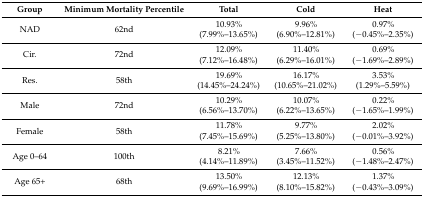
<table><thead><tr><td><b>Group</b></td><td><b>Minimum Mortality Percentile</b></td><td><b>Total</b></td><td><b>Cold</b></td><td><b>Heat</b></td></tr></thead><tbody><tr><td>NAD</td><td>62nd</td><td>10.93%(7.99%–13.65%)</td><td>9.96%(6.90%–12.81%)</td><td>0.97%(−0.45%–2.35%)</td></tr><tr><td>Cir.</td><td>72nd</td><td>12.09%(7.12%–16.48%)</td><td>11.40%(6.29%–16.01%)</td><td>0.69%(−1.69%–2.89%)</td></tr><tr><td>Res.</td><td>58th</td><td>19.69%(14.45%–24.24%)</td><td>16.17%(10.65%–21.02%)</td><td>3.53%(1.29%–5.59%)</td></tr><tr><td>Male</td><td>72nd</td><td>10.29%(6.56%–13.70%)</td><td>10.07%(6.22%–13.65%)</td><td>0.22%(−1.65%–1.99%)</td></tr><tr><td>Female</td><td>58th</td><td>11.78%(7.45%–15.69%)</td><td>9.77%(5.25%–13.80%)</td><td>2.02%(−0.01%–3.92%)</td></tr><tr><td>Age 0–64</td><td>100th</td><td>8.21%(4.14%–11.89%)</td><td>7.66%(3.45%–11.52%)</td><td>0.56%(−1.48%–2.47%)</td></tr><tr><td>Age 65+</td><td>68th</td><td>13.50%(9.69%–16.99%)</td><td>12.13%(8.10%–15.82%)</td><td>1.37%(−0.43%–3.09%)</td></tr></tbody></table>